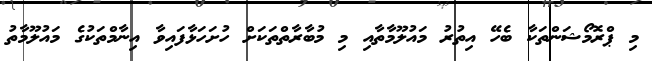
މި ޕްރޮމޯޝަންތަކާ ބެހޭ އިތުރު މައުލޫމާތާއި މި މުބާރާތްތަކަށް ހުށަހަޅާފައިވާ އިނާމްތަކުގެ މައުލޫމާތު